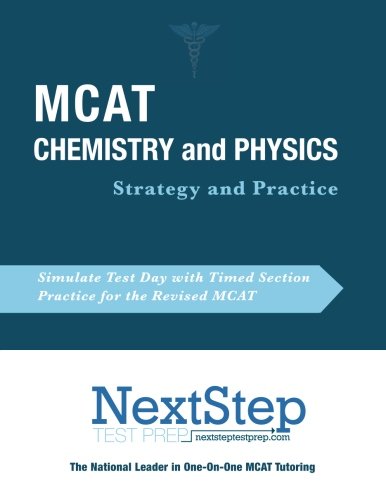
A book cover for MCAT Chemistry and Physics: Strategy and Practice: Timed Practice for the Revised MCAT; Bryan Schnedeker; Test Preparation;